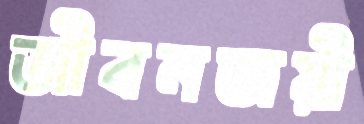
জীবনজয়ী